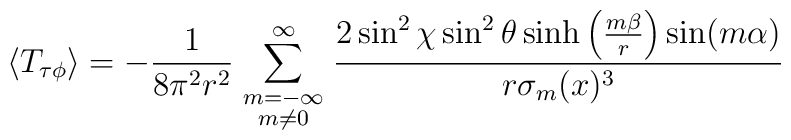
\langle T_{\tau\phi}\rangle=-{1\over8\pi^2 r^2}\sum_{\scriptstyle m=-\infty\atop\scriptstyle m\ne0}^\infty{2\sin^2\chi\sin^2\theta \sinh\left(m\beta\over r\right)\sin(m\alpha)\over r\sigma_m(x)^3}